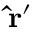
\mathbf { { \hat { r } } ^ { \prime } }